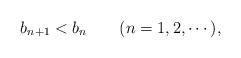
LaTeX: \begin{align*}b_{n+1}<b_{n} \qquad(n=1,2,\dotsm),\end{align*}